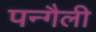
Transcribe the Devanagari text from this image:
पन्गैली